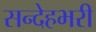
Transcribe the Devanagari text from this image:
सन्देहभरी